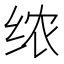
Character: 𫄣